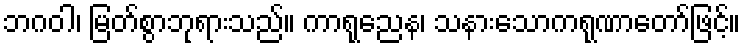
ဘဂဝါ၊ မြတ်စွာဘုရားသည်။ ကာရုညေန၊ သနားသောကရုဏာတော်ဖြင့်။